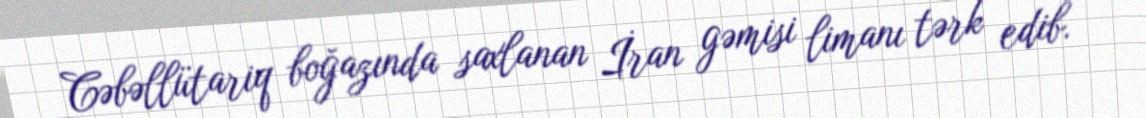
Cəbəllütariq boğazında saxlanan İran gəmisi limanı tərk edib.